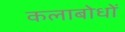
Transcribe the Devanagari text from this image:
कलाबोधों